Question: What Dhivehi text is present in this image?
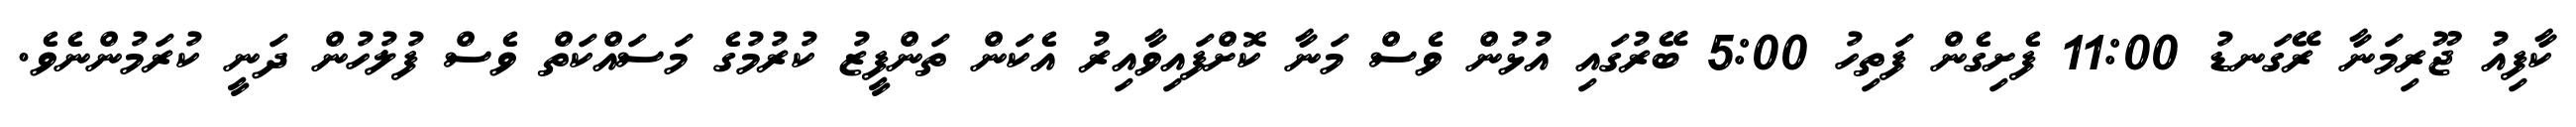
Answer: ކާފިއު ޖޫރިމަނާ ރޭގަނޑު 11:00 ފެށިގެން ފަތިހު 5:00 ބޭރުގައި އުޅުން ވެސް މަނާ ކޮށްފައިވާއިރު އެކަން ތަންފީޒު ކުރުމުގެ މަސައްކަތް ވެސް ފުލުހުން ދަނީ ކުރަމުންނެވެ.